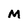
Character: M